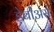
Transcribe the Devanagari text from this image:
ड़ेबीअर्स